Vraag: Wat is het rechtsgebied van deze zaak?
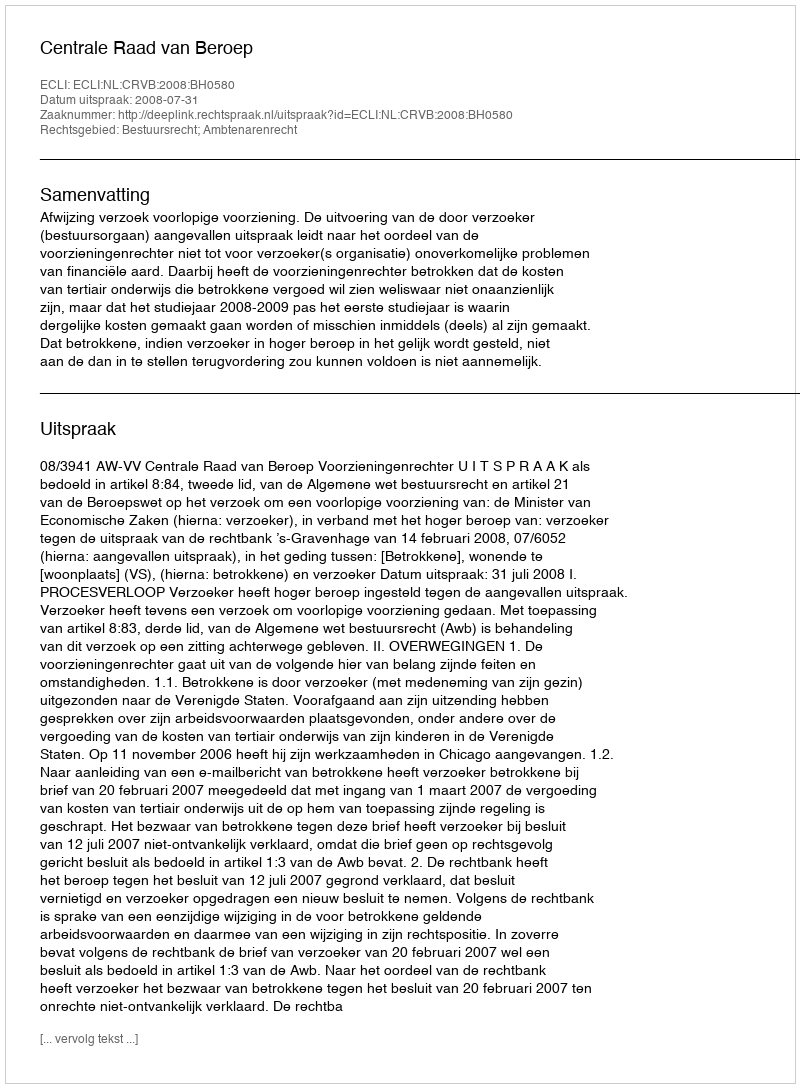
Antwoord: Bestuursrecht; Ambtenarenrecht